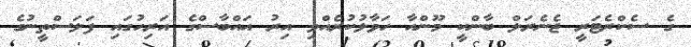
ގެ ސެކްރެޓަރީ ޖެނެރަލް ބާންކީ މޫންއާ ހަވާލުކުރެއްވި އިރު އައްބާސްގެ އަރިހުގައި ފަލަސްތީނުގެ